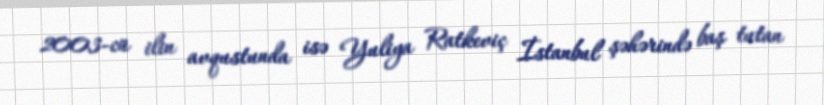
2003-cü ilin avqustunda isə Yuliya Ratkeviç İstanbul şəhərində baş tutan